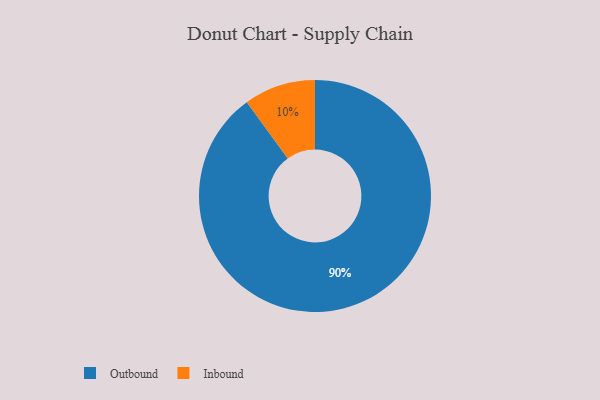
{"axis": {"x": "Category", "y": "Percentage"}, "legend": ["Inbound", "Outbound"], "data": [{"x": "Inbound", "y": 10, "type": "Inbound"}, {"x": "Outbound", "y": 90, "type": "Outbound"}]}